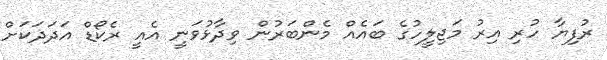
ރުފިޔާ ހުރި އިރު މަޖިލީހުގެ ބައެއް މެންބަރުން ވިދާޅުވަނީ އެއީ ރެކޯޑް އަދަދަކަށް